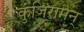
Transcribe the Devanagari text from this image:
कुंजिरामन्